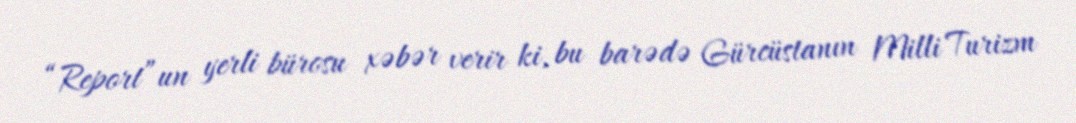
“Report”un yerli bürosu xəbər verir ki, bu barədə Gürcüstanın Milli Turizm